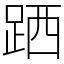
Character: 跴